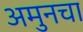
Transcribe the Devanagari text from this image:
अमुनचा